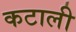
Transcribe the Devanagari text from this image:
कटाली